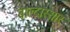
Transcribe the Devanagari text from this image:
बाल्दास्सार